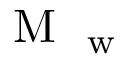
\mathrm { ~ M ~ } _ { \mathrm { ~ w ~ } }